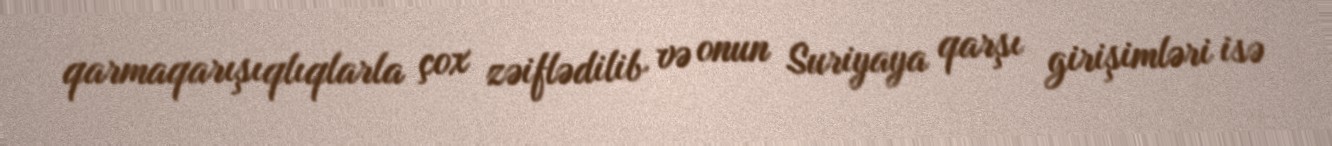
qarmaqarışıqlıqlarla çox zəiflədilib və onun Suriyaya qarşı girişimləri isə